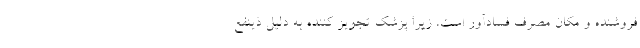
فروشنده و مکان مصرف فسادآور است، زیرا پزشک تجویز کننده به دلیل ذینفع